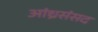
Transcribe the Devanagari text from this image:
आंध्रसंसद